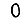
Digit: 0